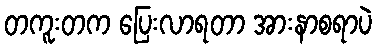
တကူးတက ပြေးလာရတာ အားနာစရာပဲ